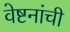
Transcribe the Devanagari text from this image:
वेष्टनांची